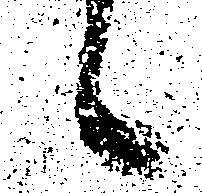
候